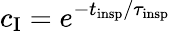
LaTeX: c_{\mathrm{I}}=e^{-t_{\mathrm{insp}}/\tau_{\mathrm{insp}}}